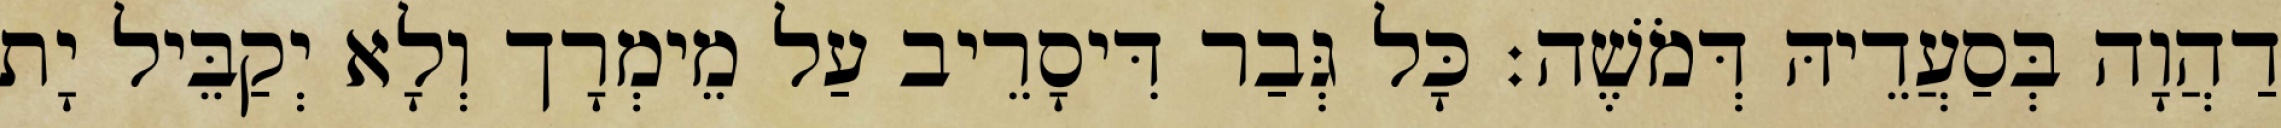
דַהֲוָה בְּסַעֲדֵיהּ דְּמֹשֶׁה׃ כָּל גְּבַר דִּיסָרֵיב עַל מֵימְרָך וְלָא יְקַבֵּיל יָת